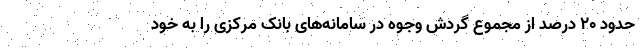
حدود ۲۰ درصد از مجموع گردش وجوه در سامانه‌های بانک مرکزی را به خود